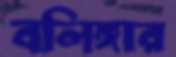
বলিঙ্গার